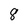
Character: 8